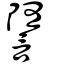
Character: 䜐